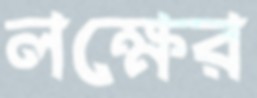
লক্ষের